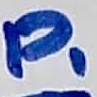
Text: P1